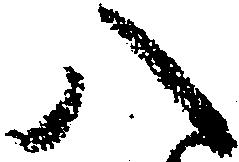
八